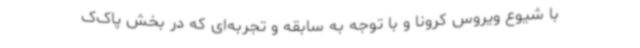
با شیوع ویروس کرونا و با توجه به سابقه و تجربه‌ای که در بخش پاک‌ک